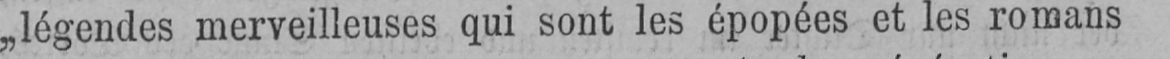
„légendes merveilleuses qui sont les épopées et les romans